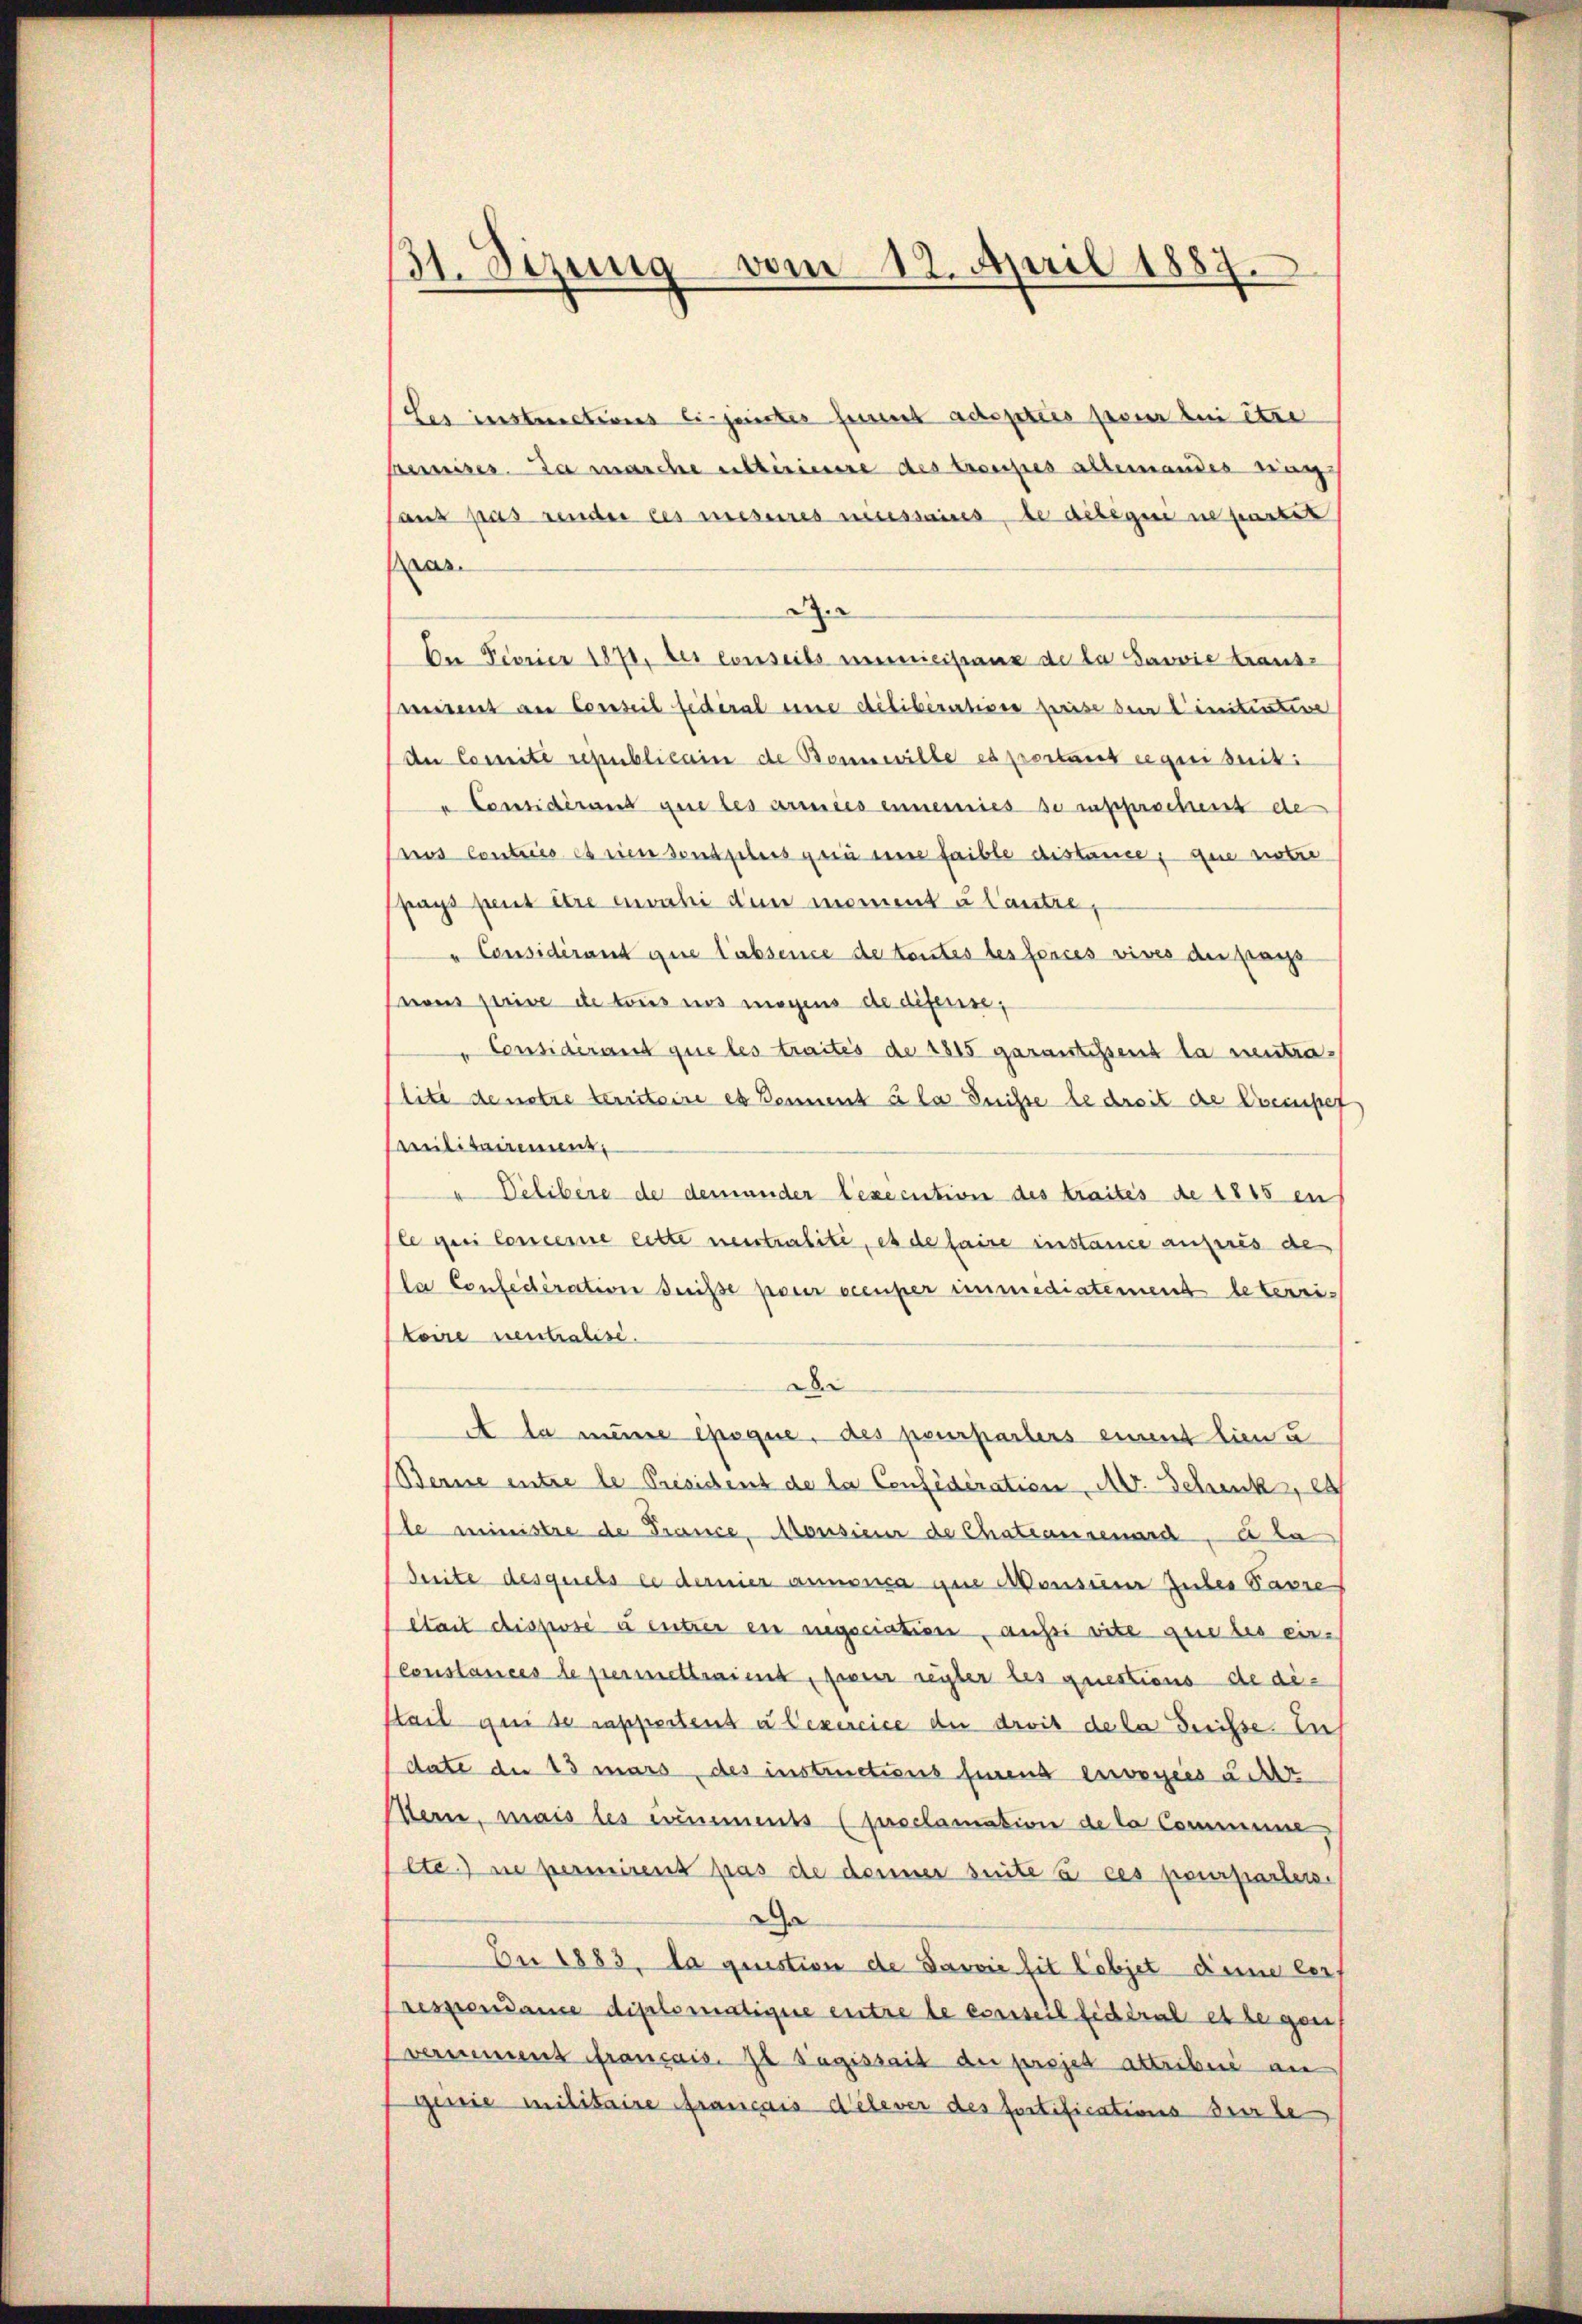
31. Sizung vom 12. April 1887.

Les instructions Eigenstes fernet adopties pour bei être
Bemiser. Da marche ultérieure des troupes allemandes ring
sans pas render des mesures necessaires, de debegeri in partet
Kras
d
Da Fiorier 1870, des conseils immeistanz de la Sarvie trausz
mirent am Conseil fidéral eine délibération preise den initirten
de Comite republicain de Bannwille es portant requisiti
u Considérant que les armees einemnies se insprochens de
nos Contrics et sien sontgelers gern eine faible distance, que notre
pags peut être envahi den moment u autre,
" Considérant que l’absence de toutes les forces vives der pass
vous prive de tous nos mögens de difense,
" Considérant que les traités de 1815 garantissens la ventralité de notre territoire es Donnent à la Suisse le droit die Kreiset,
Militairement,
Velibere de demander Lexécution des traités de 1815 en
sle gei Concerne cette neutralité, es de faire instance anferes des
(la Confederation desse pour cceuper immediatement le terri-
Koire neutralisi
D
A la meine Epoque, des peurparters einent lien u
Berne entre le Président de la Considération A. Schenk, e
leministre de France, Monsieur de Chateausenard, e la
Breite desquels ei dernier annonica am Monsum Guber Favre
était dispose à entrer en nngsciation, aussi vite que les ein¬
Pconstances le permettraient, fosser seyter les questiens de di¬
Stail qui se rappertens à exercice der droit de la disse. Eich
date der 13 mars des instructions fürens envogees achtr
Hern, mais des einements (proclamation de la Commune
lte) ne permirent pas de denner suite a ces pourparters
Da
De 1883. La question de Javvić hit Lobjet diese lezt
Crespondance diplomatique entre le conseil fideral et legen
verimens français. Il Tagissait der projet attribue an
ginie Militaire français Helever des fortifications derse